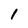
Character: I